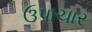
ઉપાચાર